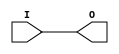
// This program was cloned from: https://github.com/Xilinx/XilinxUnisimLibrary
// License: Apache License 2.0

///////////////////////////////////////////////////////////////////////////////
//    Copyright (c) 1995/2004 Xilinx, Inc.
// 
//    Licensed under the Apache License, Version 2.0 (the "License");
//    you may not use this file except in compliance with the License.
//    You may obtain a copy of the License at
// 
//        http://www.apache.org/licenses/LICENSE-2.0
// 
//    Unless required by applicable law or agreed to in writing, software
//    distributed under the License is distributed on an "AS IS" BASIS,
//    WITHOUT WARRANTIES OR CONDITIONS OF ANY KIND, either express or implied.
//    See the License for the specific language governing permissions and
//    limitations under the License.
///////////////////////////////////////////////////////////////////////////////
//   ____  ____
//  /   /\/   /
// /___/  \  /    Vendor : Xilinx
// \   \   \/     Version : 10.1
//  \   \         Description : Xilinx Functional Simulation Library Component
//  /   /                  H Clock Buffer
// /___/   /\     Filename : BUFH.v
// \   \  /  \    Timestamp :
//  \___\/\___\
//
// Revision:
//    04/08/08 - Initial version.
//    09//9/08 - Change to use BUFHCE according to yaml.
//    11/11/08 - Change to not use BUFHCE.
//    12/13/11 - Added `celldefine and `endcelldefine (CR 524859).
// End Revision

`timescale  1 ps / 1 ps


`celldefine

module BUFH (O, I);


`ifdef XIL_TIMING

    parameter LOC = " UNPLACED";
    reg notifier;

`endif


    output O;
    input  I;

    buf B1 (O, I);

`ifdef XIL_TIMING
    
    specify
        (I => O) = (0:0:0, 0:0:0);
	$period (posedge I, 0:0:0, notifier);
        specparam PATHPULSE$ = 0;
    endspecify
    
`endif
    
endmodule

`endcelldefine